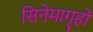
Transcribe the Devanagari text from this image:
सिनेमागृहों